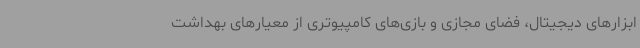
ابزارهای دیجیتال، فضای مجازی و بازی‌های کامپیوتری از معیارهای بهداشت